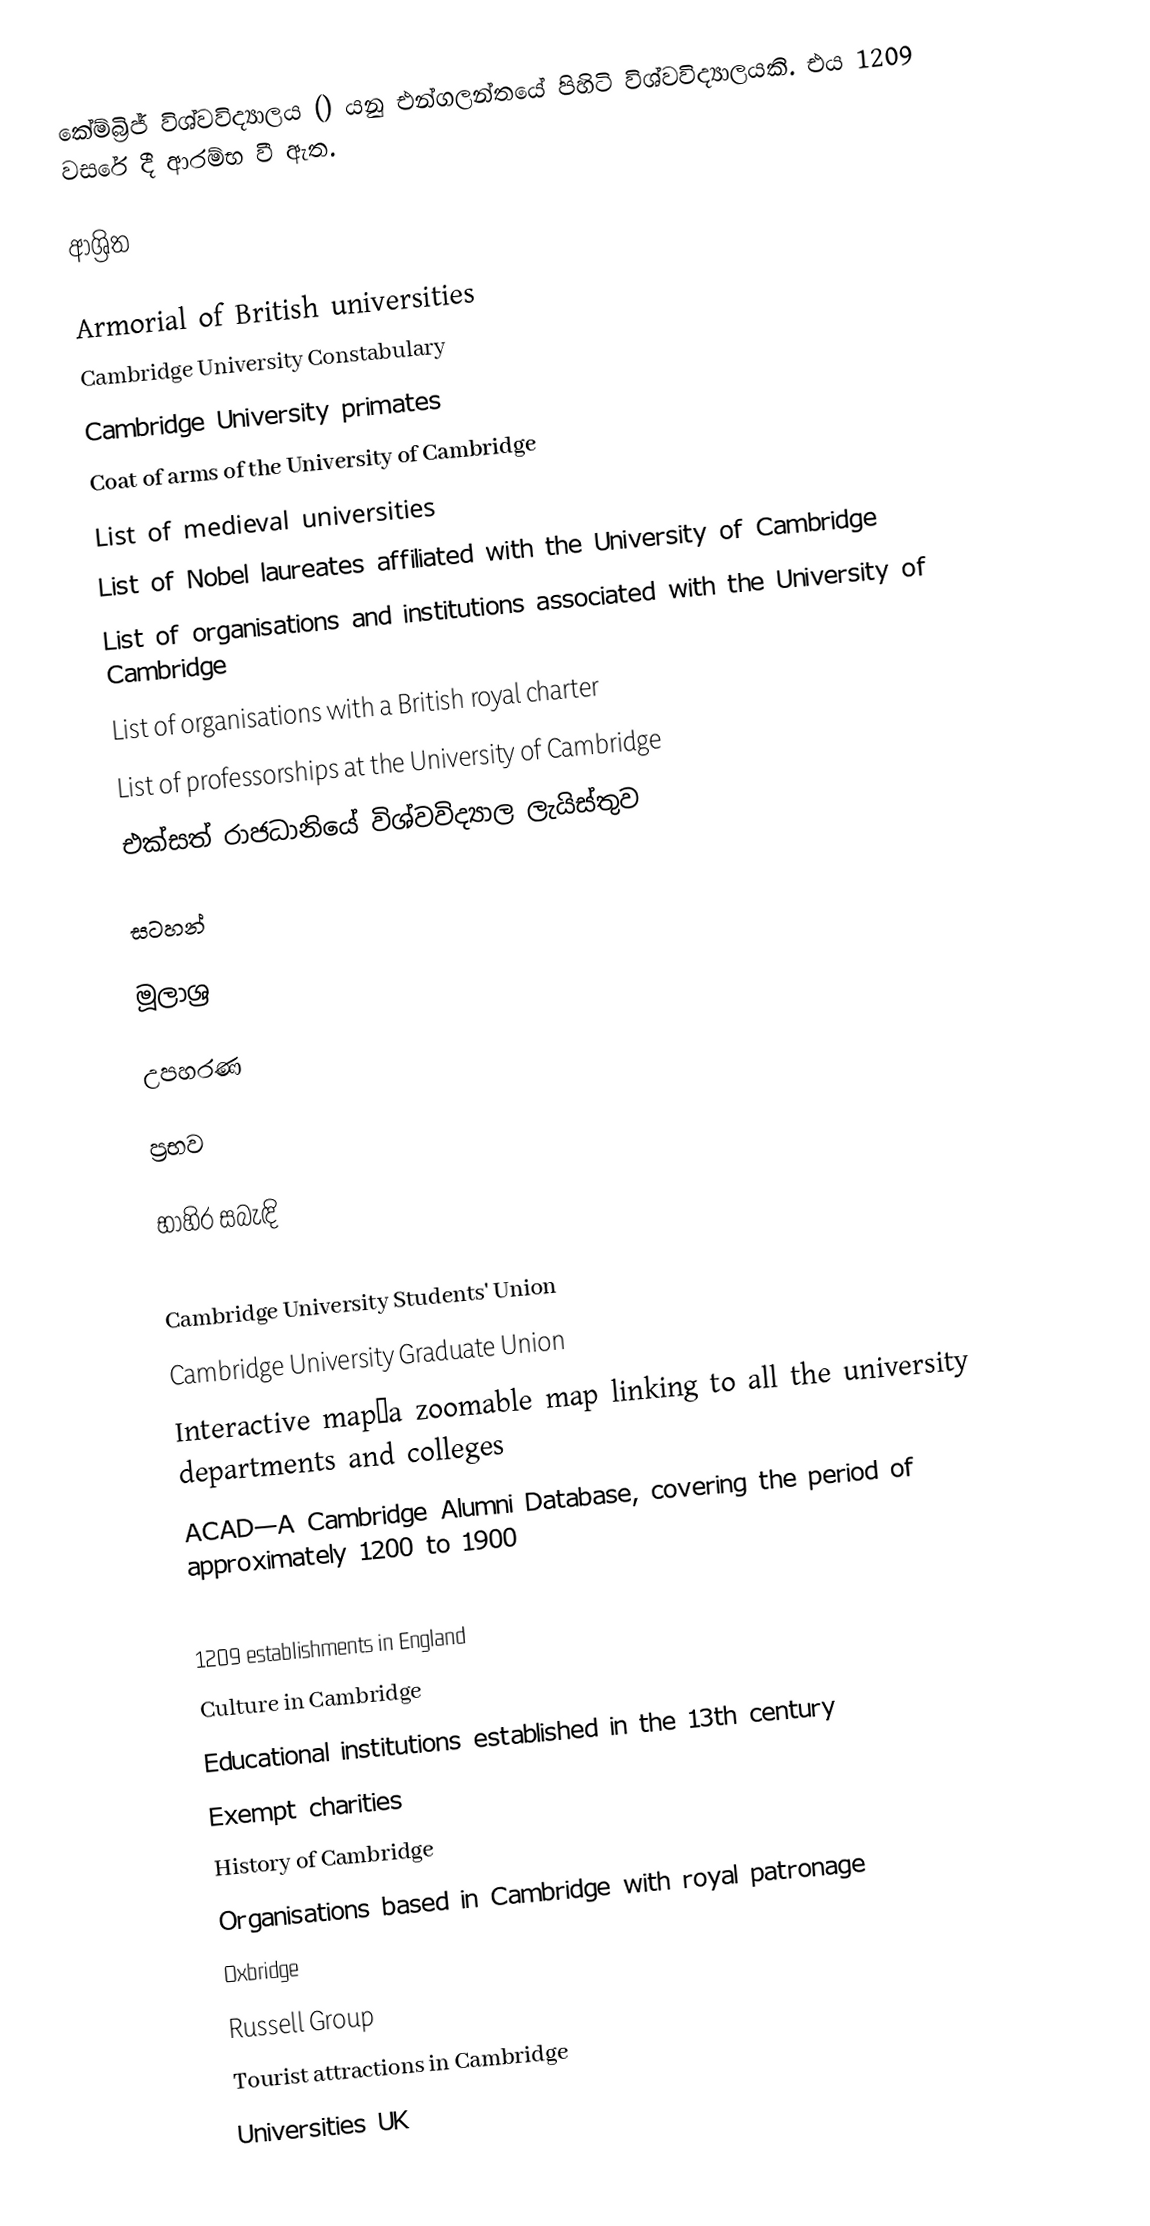
කේම්බ්‍රිජ් විශ්වවිද්‍යාලය () යනු එන්ගලන්තයේ පිහිටි විශ්වවිද්‍යාලයකි. එය 1209 වසරේ දී ආරම්භ වී ඇත.

ආශ්‍රිත

 Armorial of British universities
 Cambridge University Constabulary
 Cambridge University primates
 Coat of arms of the University of Cambridge
 List of medieval universities
 List of Nobel laureates affiliated with the University of Cambridge
 List of organisations and institutions associated with the University of Cambridge
 List of organisations with a British royal charter
 List of professorships at the University of Cambridge
 එක්සත් රාජධානියේ විශ්වවිද්‍යාල ලැයිස්තුව

සටහන්

මූලාශ්‍ර

උපහරණ

ප්‍රභව

භාහිර සබැඳි

 Cambridge University Students' Union
 Cambridge University Graduate Union
 Interactive map—a zoomable map linking to all the university departments and colleges
 ACAD—A Cambridge Alumni Database, covering the period of approximately 1200 to 1900

1209 establishments in England
Culture in Cambridge
Educational institutions established in the 13th century
Exempt charities
History of Cambridge
Organisations based in Cambridge with royal patronage
Oxbridge
Russell Group
Tourist attractions in Cambridge
Universities UK